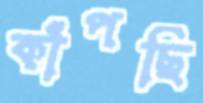
কাঁপছি